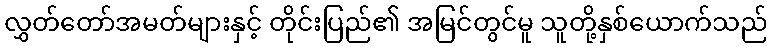
လွှတ်တော်အမတ်များနှင့် တိုင်းပြည်၏ အမြင်တွင်မူ သူတို့နှစ်ယောက်သည်